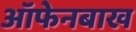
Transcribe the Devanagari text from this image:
ऑफेनबाख